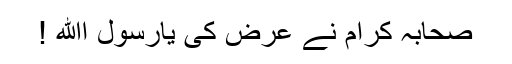
صحابہ کرام نے عرض کی یارسول اﷲ !